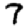
Digit: 7